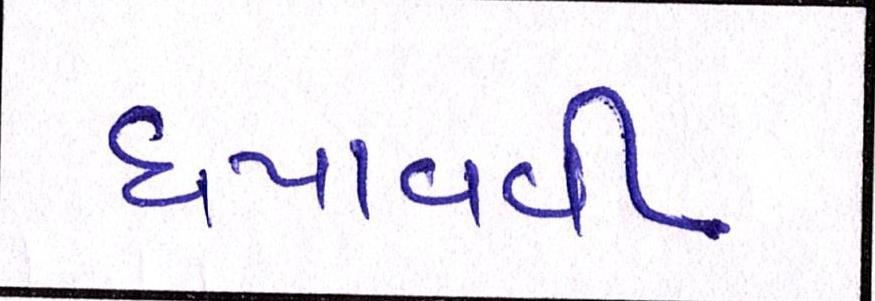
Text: ધપાવવી